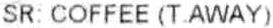
SR: COFFEE (T.AWAY)